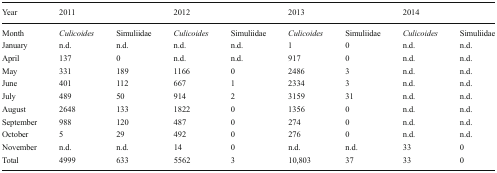
<table><thead><tr><td><b>Year</b></td><td colspan="2"><b>2011</b></td><td colspan="2"><b>2012</b></td><td colspan="2"><b>2013</b></td><td colspan="2"><b>2014</b></td></tr></thead><tbody><tr><td>Month</td><td><i>Culicoides</i></td><td>Simuliidae</td><td><i>Culicoides</i></td><td>Simuliidae</td><td><i>Culicoides</i></td><td>Simuliidae</td><td><i>Culicoides</i></td><td>Simuliidae</td></tr><tr><td>January</td><td>n.d.</td><td>n.d.</td><td>n.d.</td><td>n.d.</td><td>1</td><td>0</td><td>n.d.</td><td>n.d.</td></tr><tr><td>April</td><td>137</td><td>0</td><td>n.d.</td><td>n.d.</td><td>917</td><td>0</td><td>n.d.</td><td>n.d.</td></tr><tr><td>May</td><td>331</td><td>189</td><td>1166</td><td>0</td><td>2486</td><td>3</td><td>n.d.</td><td>n.d.</td></tr><tr><td>June</td><td>401</td><td>112</td><td>667</td><td>1</td><td>2334</td><td>3</td><td>n.d.</td><td>n.d.</td></tr><tr><td>July</td><td>489</td><td>50</td><td>914</td><td>2</td><td>3159</td><td>31</td><td>n.d.</td><td>n.d.</td></tr><tr><td>August</td><td>2648</td><td>133</td><td>1822</td><td>0</td><td>1356</td><td>0</td><td>n.d.</td><td>n.d.</td></tr><tr><td>September</td><td>988</td><td>120</td><td>487</td><td>0</td><td>274</td><td>0</td><td>n.d.</td><td>n.d.</td></tr><tr><td>October</td><td>5</td><td>29</td><td>492</td><td>0</td><td>276</td><td>0</td><td>n.d.</td><td>n.d.</td></tr><tr><td>November</td><td>n.d.</td><td>n.d.</td><td>14</td><td>0</td><td>n.d.</td><td>n.d.</td><td>33</td><td>0</td></tr><tr><td>Total</td><td>4999</td><td>633</td><td>5562</td><td>3</td><td>10,803</td><td>37</td><td>33</td><td>0</td></tr></tbody></table>